Cholera in southern India
Disease focus: Cholera
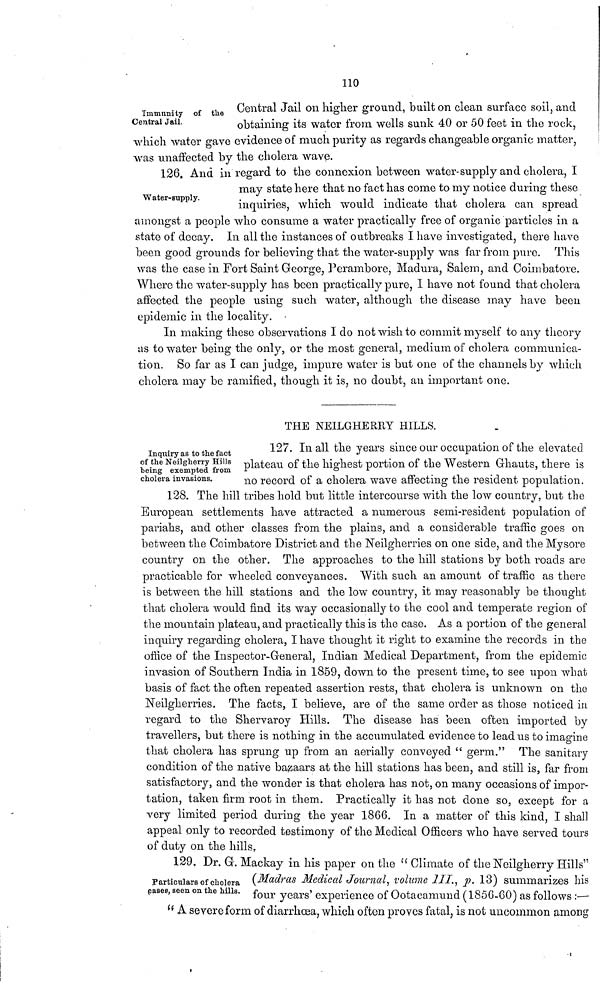
no
Immunity of the
Central Jail.
Central Jail on higher ground, built on clean surface soil, and
obtaining its water from wells sunk 40 or 50 feet in the rock,
which water gave evidence of much purity as regards changeable organic matter,
was unaffected by the cholera wave.
Water-supply.
126, And in regard to the connexion between water-supply and cholera, I
may state here that no fact has come to my notice during these
inquiries, which would indicate that cholera can spread
amongst a people who consume a water practically free of organic particles in a
state of decay. In all the instances of outbreaks I have investigated, there have
been good grounds for believing that the water-supply was far from pure. This
was the case in Fort Saint George, Perambore, Madura, Salem, and Coimbatore.
Where the water-supply has been practically pure, I have not found that cholera
affected the people using such water, although the disease may have been
epidemic in the locality. •
In making these observations I do not wish to commit myself to any theory
as to water being the only, or the most general, medium of cholera communica-
tion. So far as I can judge, impure water is but one of the channels by which
cholera may be ramified, though it is, no doubt, an important one.
THE NEILGHERRY HILLS.
Inquiry as to the fact
of the Neilgherry Hills
being exempted from
cholera invasions.
127. In all the years since our occupation of the elevated
plateau of the highest portion of the Western Ghauts, there is
no record of a cholera wave affecting the resident population.
128. The hill tribes hold but little intercourse with the low country, but the
European settlements have attracted a numerous semi-resident population of
pariahs, and other classes from the plains, and a considerable traffic goes on
between the Coimbatore District and the Neilgherries on one side, and the Mysore
country on the other. The approaches to the hill stations by both roads are
practicable for wheeled conveyances. With such an amount of traffic as there
is between the hill stations and the low country, it may reasonably be thought
that cholera would find its way occasionally to the cool and temperate region of
the mountain plateau, and practically this is the case. As a portion of the general
inquiry regarding cholera, I have thought it right to examine the records in the
office of the Inspector-General, Indian Medical Department, from the epidemic
invasion of Southern India in 1859, down to the present time, to see upon what
basis of fact the often repeated assertion rests, that cholera is unknown on the
Neilgherries. The facts, I believe, are of the same order as those noticed in
regard to the Shervaroy Hills. The disease has been often imported by
travellers, but there is nothing in the accumulated evidence to lead us to imagine
that cholera has sprung up from an aerially conveyed " germ." The sanitary
condition of the native bazaars at the hill stations has been, and still is, far from
satisfactory, and the wonder is that cholera has not, on many occasions of impor-
tation, taken firm root in them. Practically it has not done so, except for a
very limited period during the year 1866. In a matter of this kind, I shall
appeal only to recorded testimony of the Medical Officers who have served tours
of duty on the hills,
Particulars of cholera
pases, seen on the hills.
129. Dr. Gr. Mackay in his paper on the " Climate of the Neilgherry Hills"
(Madras Medical Journal, volume III., p. 13) summarizes his
four years' experience of Ootacamund (1856-60) as follows :—
" A severe form of diarrhoea, which often proves fatal, is not uncommon among